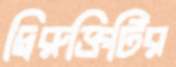
দ্বিরুক্তিটির